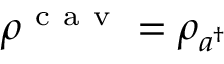
\rho ^ { \mathrm { ~ c ~ a ~ v ~ } } = \rho _ { a ^ { \dagger } }